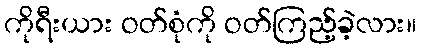
ကိုရီးယား ဝတ်စုံကို ဝတ်ကြည့်ခဲ့လား။